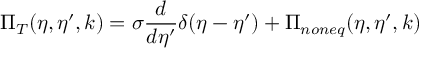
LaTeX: \Pi _ { T } ( \eta , \eta ^ { \prime } , k ) = \sigma \frac { d } { d \eta ^ { \prime } } \delta ( \eta - \eta ^ { \prime } ) + \Pi _ { n o n e q } ( \eta , \eta ^ { \prime } , k )